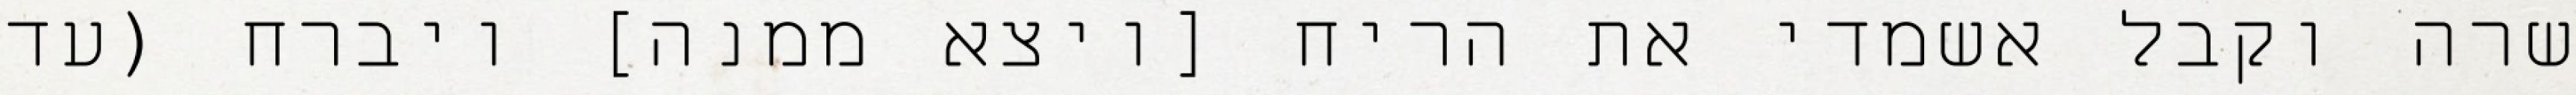
שרה וקבל אשמדי את הריח [ויצא ממנה] ויברח (עד